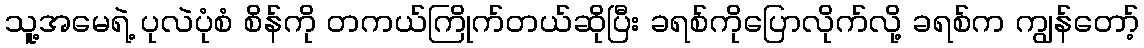
သူ့အမေရဲ့ ပုလဲပုံစံ စိန်ကို တကယ်ကြိုက်တယ်ဆိုပြီး ခရစ်ကိုပြောလိုက်လို့ ခရစ်က ကျွန်တော့်